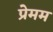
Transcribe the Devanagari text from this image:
प्रेमम